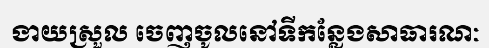
ងាយស្រួល ចេញចូលនៅទីកន្លែងសាធារណៈ